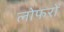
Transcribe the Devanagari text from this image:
लोफरों